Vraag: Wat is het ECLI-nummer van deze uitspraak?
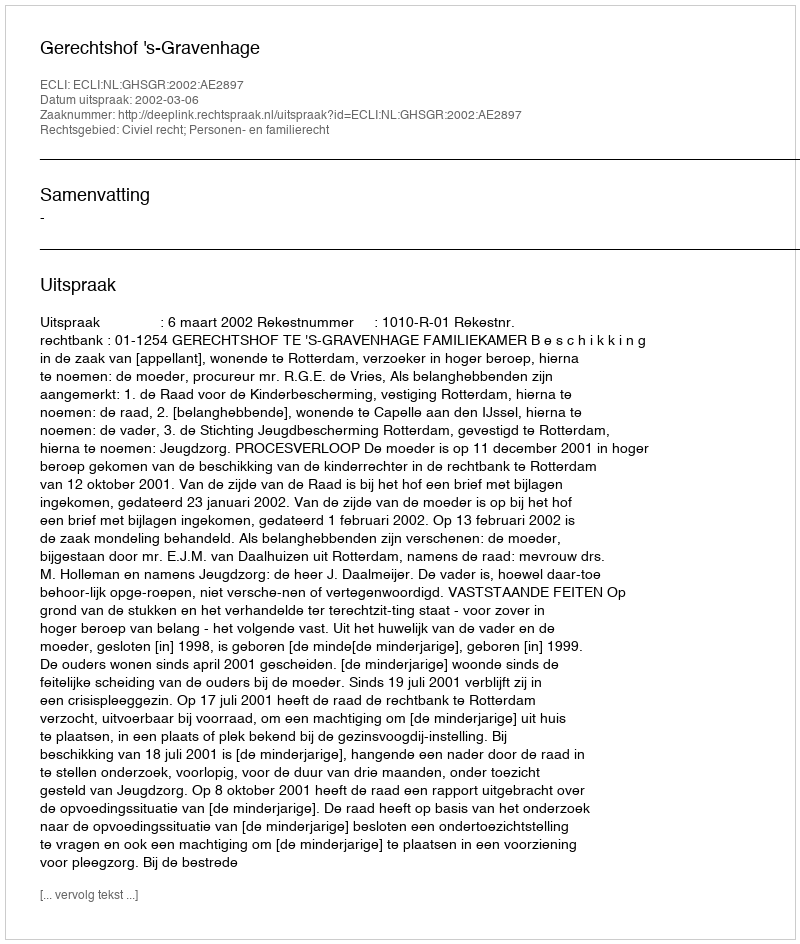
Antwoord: ECLI:NL:GHSGR:2002:AE2897